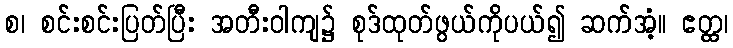
စ၊ စင်းစင်းပြတ်ပြီး အတီးဝါကျ၌ စုဒ်ထုတ်ဖွယ်ကိုပယ်၍ ဆက်အံ့။ ဧတ္ထ၊